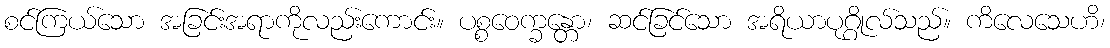
စင်ကြယ်သော အခြင်းအရာကိုလည်းကောင်း။ ပစ္စဝေက္ခန္တော၊ ဆင်ခြင်သော အရိယာပုဂ္ဂိုလ်သည်။ ကိလေသေဟိ၊